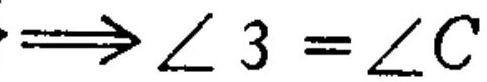
$\Longrightarrow\angle 3=\angle C$